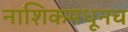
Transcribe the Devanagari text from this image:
नाशिकमधूनच